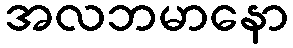
အလဘမာနော